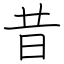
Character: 昔